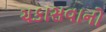
ચકાસવાનો